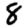
Digit: 8